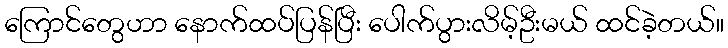
ကြောင်တွေဟာ နောက်ထပ်ပြန်ပြီး ပေါက်ပွားလိမ့်ဦးမယ် ထင်ခဲ့တယ်။